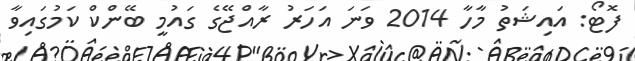
ފޮޓޯ: އައިޝަތު މާހާ 2014 ވަނަ އަހަރު ރާއްޖޭގެ ގައުމީ ބޭންކް ކަމުގައިވާ